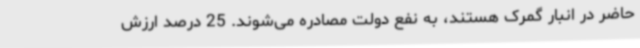
حاضر در انبار گمرک هستند، به نفع دولت مصادره می‌شوند. 25 درصد ارزش